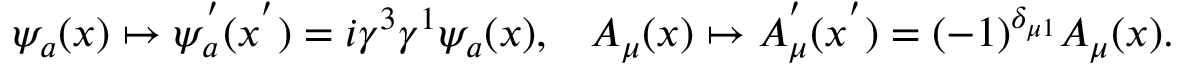
\psi _ { a } ( x ) \mapsto \psi _ { a } ^ { ' } ( x ^ { ' } ) = i \gamma ^ { 3 } \gamma ^ { 1 } \psi _ { a } ( x ) , \; \; \; A _ { \mu } ( x ) \mapsto A _ { \mu } ^ { ' } ( x ^ { ' } ) = ( - 1 ) ^ { \delta _ { \mu 1 } } A _ { \mu } ( x ) .